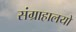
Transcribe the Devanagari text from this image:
संग्राहालयो